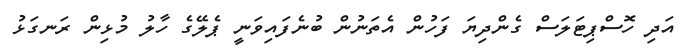
އަދި ހޮސްޕިޓަލަސް ގެންދިޔަ ފަހުން އެތަނުން ބުނެފައިވަނީ ޕެލޭގެ ހާލު މުޅިން ރަނގަޅު